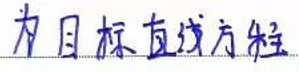
目标直线方程